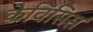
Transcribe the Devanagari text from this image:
केविंसिस